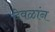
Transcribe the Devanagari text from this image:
देवळांन